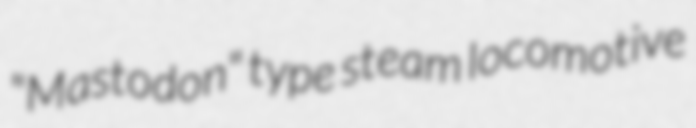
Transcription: "Mastodon" type steam locomotive